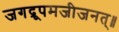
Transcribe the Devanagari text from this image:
जगद्रूपमजीजनत्॥